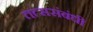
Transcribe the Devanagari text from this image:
तत्ससंबंधी